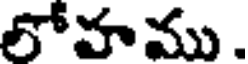
లోహము .